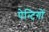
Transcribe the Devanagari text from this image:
पेन्टिगों